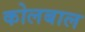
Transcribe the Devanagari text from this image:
कोलबाल